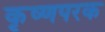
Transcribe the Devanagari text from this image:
कृष्णपरक